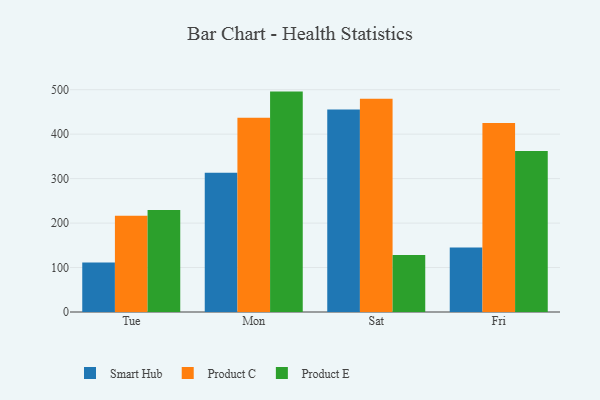
{"axis": {"x": "Day", "y": "Conversion Rate (%)"}, "legend": ["Product C", "Product E", "Smart Hub"], "data": [{"x": "Tue", "y": 111.1, "type": "Smart Hub"}, {"x": "Tue", "y": 216.4, "type": "Product C"}, {"x": "Tue", "y": 229.3, "type": "Product E"}, {"x": "Mon", "y": 313.2, "type": "Smart Hub"}, {"x": "Mon", "y": 437.0, "type": "Product C"}, {"x": "Mon", "y": 495.7, "type": "Product E"}, {"x": "Sat", "y": 455.2, "type": "Smart Hub"}, {"x": "Sat", "y": 479.6, "type": "Product C"}, {"x": "Sat", "y": 128.1, "type": "Product E"}, {"x": "Fri", "y": 145.2, "type": "Smart Hub"}, {"x": "Fri", "y": 425.2, "type": "Product C"}, {"x": "Fri", "y": 362.3, "type": "Product E"}]}